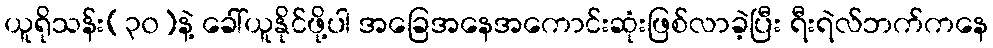
ယူရိုသန်း(၃၀)နဲ့ ခေါ်ယူနိုင်ဖို့ပါ အခြေအနေအကောင်းဆုံးဖြစ်လာခဲ့ပြီး ရီးရဲလ်ဘက်ကနေ